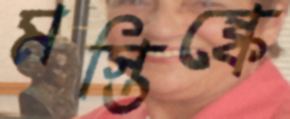
মস্তিষ্কে